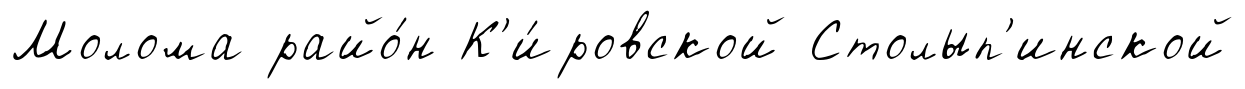
Молома райо́н К'и́ровской Столып'инской